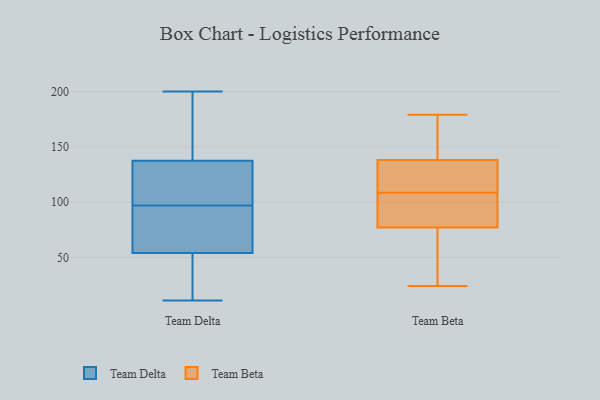
{"axis": {"x": "Headcount", "y": "Value"}, "legend": ["Team Beta", "Team Delta"], "data": [{"x": "", "y": 11, "type": "Team Delta"}, {"x": "", "y": 119, "type": "Team Delta"}, {"x": "", "y": 68, "type": "Team Delta"}, {"x": "", "y": 48, "type": "Team Delta"}, {"x": "", "y": 28, "type": "Team Delta"}, {"x": "", "y": 56, "type": "Team Delta"}, {"x": "", "y": 66, "type": "Team Delta"}, {"x": "", "y": 174, "type": "Team Delta"}, {"x": "", "y": 200, "type": "Team Delta"}, {"x": "", "y": 30, "type": "Team Delta"}, {"x": "", "y": 68, "type": "Team Delta"}, {"x": "", "y": 107, "type": "Team Delta"}, {"x": "", "y": 120, "type": "Team Delta"}, {"x": "", "y": 129, "type": "Team Delta"}, {"x": "", "y": 163, "type": "Team Delta"}, {"x": "", "y": 167, "type": "Team Delta"}, {"x": "", "y": 97, "type": "Team Delta"}, {"x": "", "y": 82, "type": "Team Beta"}, {"x": "", "y": 116, "type": "Team Beta"}, {"x": "", "y": 90, "type": "Team Beta"}, {"x": "", "y": 145, "type": "Team Beta"}, {"x": "", "y": 170, "type": "Team Beta"}, {"x": "", "y": 179, "type": "Team Beta"}, {"x": "", "y": 24, "type": "Team Beta"}, {"x": "", "y": 77, "type": "Team Beta"}, {"x": "", "y": 109, "type": "Team Beta"}, {"x": "", "y": 67, "type": "Team Beta"}, {"x": "", "y": 130, "type": "Team Beta"}, {"x": "", "y": 138, "type": "Team Beta"}, {"x": "", "y": 58, "type": "Team Beta"}, {"x": "", "y": 108, "type": "Team Beta"}]}